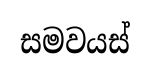
සමවයස්